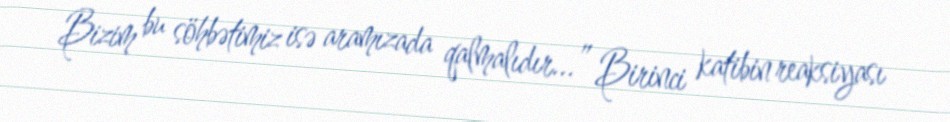
Bizim bu söhbətimiz isə aramızada qalmalıdır...” Birinci katibin reaksiyası